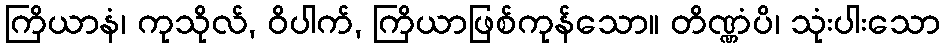
ကြိယာနံ၊ ကုသိုလ်, ဝိပါက်, ကြိယာဖြစ်ကုန်သော။ တိဏ္ဏံပိ၊ သုံးပါးသော